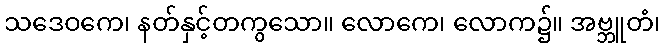
သဒေဝကေ၊ နတ်နှင့်တကွသော။ လောကေ၊ လောက၌။ အဗ္ဘူတံ၊